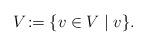
LaTeX: \begin{align*}V_{} := \{v \in V \mid v \}.\end{align*}